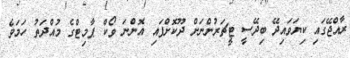
ރާއްޖޭގައި ކިޔަވައިދޭ ބިދޭސީ ޓީޗަރުންނަށް ދޫކޮށްފައި އޮންނަ ވޯކް ޕާމިޓްގެ މުއްދަތު ހަމަވެ